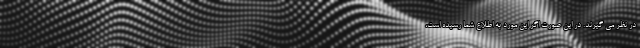
در نظر می گیرند. در این صورت اگر این مورد به اطلاع شما رسیده است،